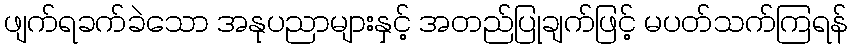
ဖျက်ရခက်ခဲသော အနုပညာများနှင့် အတည်ပြုချက်ဖြင့် မပတ်သက်ကြရန်